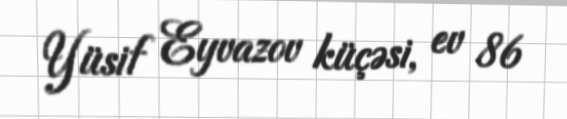
Yüsif Eyvazov küçəsi, ev 86